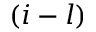
( i - l )